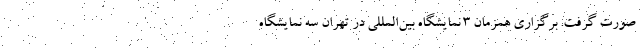
صورت گرفت. برگزاری همزمان 3 نمایشگاه بین‌المللی در تهران سه نمایشگاه